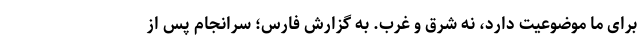
برای ما موضوعیت دارد، نه شرق و غرب. به گزارش فارس؛ سرانجام پس از